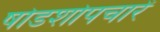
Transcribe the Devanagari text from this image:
षोडशोपचारें